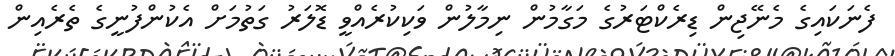
ފެނަކައިގެ މެނޭޖިން ޑިރެކްޓަރުގެ މަގާމުން ނިމާލުން ވަކިކުރެއްވީ ޑޮލަރު ގަތުމަށް އެކުންފުނީގެ ތެރެއިން